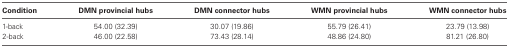
<table><thead><tr><td><b>Condition</b></td><td><b>DMN provincial hubs</b></td><td><b>DMN connector hubs</b></td><td><b>WMN provincial hubs</b></td><td><b>WMN connector hubs</b></td></tr></thead><tbody><tr><td>1-back</td><td>54.00 (32.39)</td><td>30.07 (19.86)</td><td>55.79 (26.41)</td><td>23.79 (13.98)</td></tr><tr><td>2-back</td><td>46.00 (22.58)</td><td>73.43 (28.14)</td><td>48.86 (24.80)</td><td>81.21 (26.80)</td></tr></tbody></table>